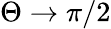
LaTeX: \Theta\to\pi/2